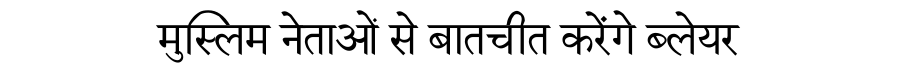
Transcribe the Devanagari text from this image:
मुस्लिम नेताओं से बातचीत करेंगे ब्लेयर